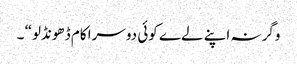
وگرنہ اپنے لےے کوئی دوسرا کام ڈھونڈلو“ ۔